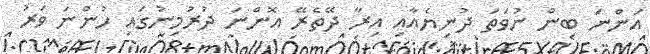
އަންނަ ބިން ނުވަތަ ދުނިޔެއާއި އިރާ ދޭތެރޭ އޮންނަ ދުރުމިނުގައި ހުންނަ ވަރު